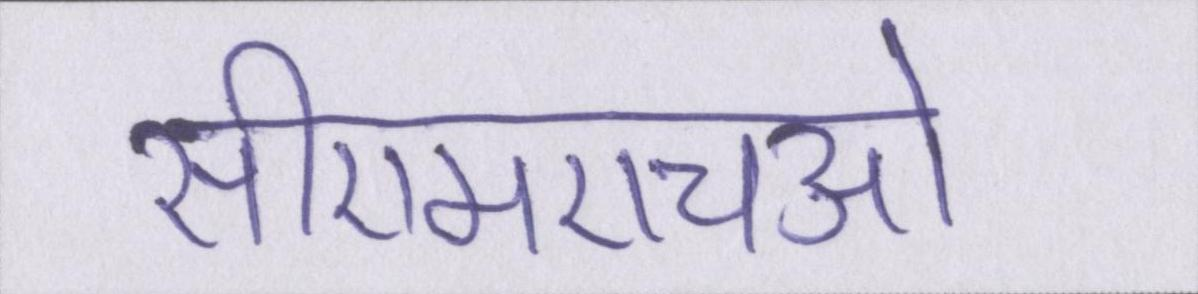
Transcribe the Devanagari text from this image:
सीएमएचओ